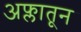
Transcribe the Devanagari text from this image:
अफ्लातून